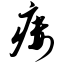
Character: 瘘